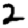
Digit: 2